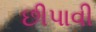
છીપાવી